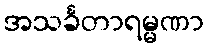
အသင်္ခတာရမ္မဏာ